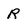
Character: R